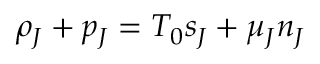
\rho _ { J } + p _ { J } = T _ { 0 } s _ { J } + \mu _ { J } n _ { J }